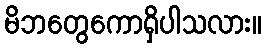
မိဘတွေကောရှိပါသလား။